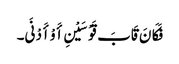
فَکَانَ قَابَ قَوْسَیْنِ أَوْ أَدْنَی۔